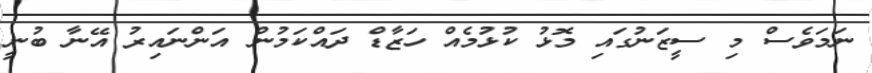
ނަމަވެސް މި ސީޒަނުގައި މޮޅު ކުޅުމެއް ހަޒާޑް ދައްކަމުން އަންނައިރު އޭނާ ބުނީ